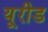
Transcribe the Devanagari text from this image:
यूरीड